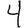
Digit: 4